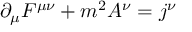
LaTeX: \partial _ { \mu } F ^ { \mu \nu } + m ^ { 2 } A ^ { \nu } = j ^ { \nu }